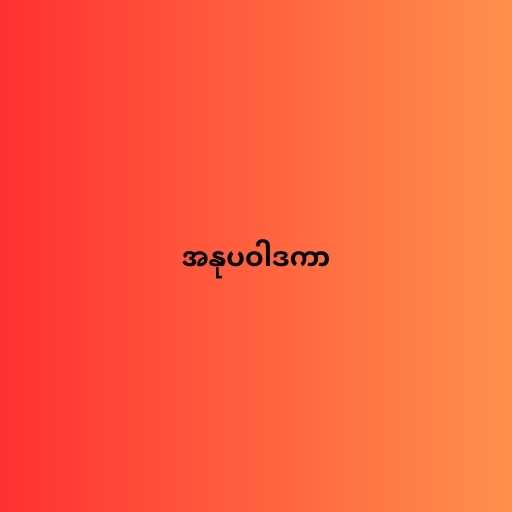
အနုပဝါဒကာ